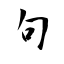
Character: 句